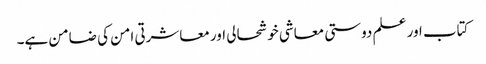
کتاب اور علم دوستی معاشی خوشحالی اور معاشرتی امن کی ضامن ہے۔